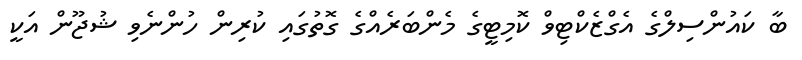
ބާ ކައުންސިލްގެ އެގްޒެކްޓިވް ކޮމިޓީގެ މެންބަރެއްގެ ގޮތުގައި ކުރިން ހުންނެވި ޝުޖޫން އަކީ